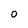
Character: O